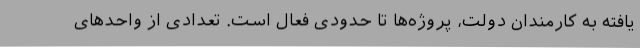
یافته به کارمندان دولت، پروژه‌ها تا حدودی فعال است. تعدادی از واحدهای